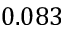
0 . 0 8 3